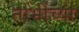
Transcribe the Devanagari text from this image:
नाभींच्या